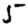
Digit: 5